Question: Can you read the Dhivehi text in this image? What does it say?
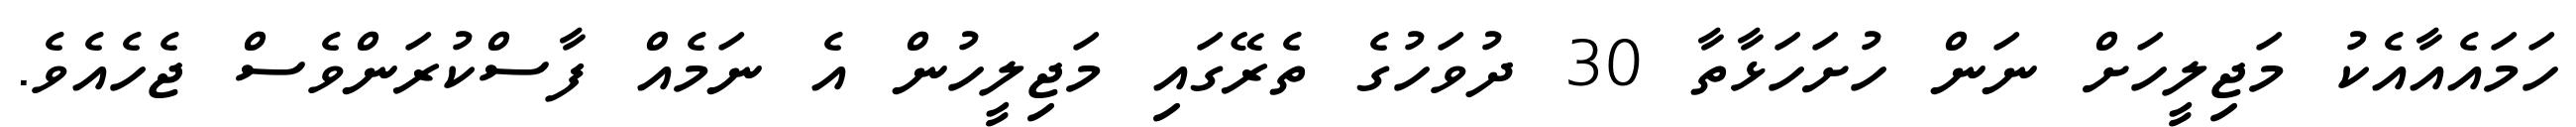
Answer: ހަމައެއާއެކު މަޖިލީހަށް ނަން ހުށަހަޅާތާ 30 ދުވަހުގެ ތެރޭގައި މަޖިލީހުން އެ ނަމެއް ފާސްކުރަންވެސް ޖެހެއެވެ.